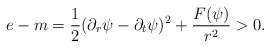
\begin{align*} e-m=\frac{1}{2}(\partial_r\psi-\partial_t\psi)^2+\frac{F(\psi)}{r^2}>0.\end{align*}